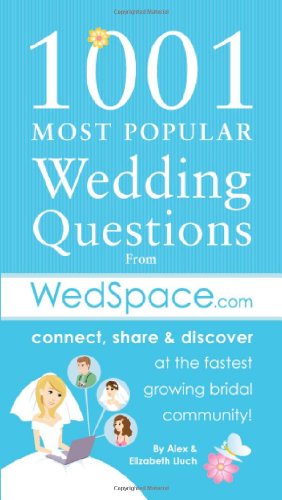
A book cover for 1001 Most Popular Asked Wedding Questions: from WedSpace.com; Alex A. Lluch; Crafts, Hobbies & Home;